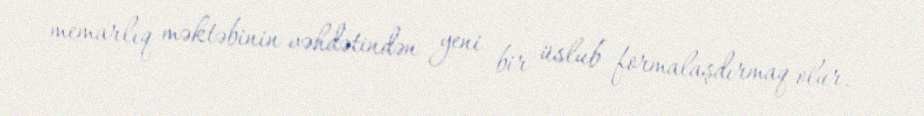
memarlıq məktəbinin vəhdətindən yeni bir üslub formalaşdırmaq olur.